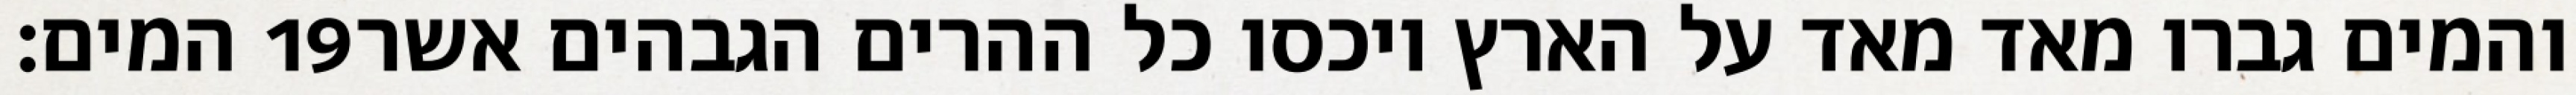
המים׃ ‎19‏ והמים גברו מאד מאד על הארץ ויכסו כל ההרים הגבהים אשר